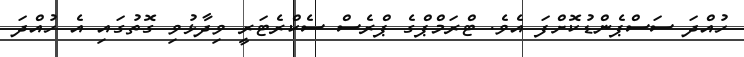
ހުއްދަ ސަސްޕެންޑުކޮށްފަ އެވެ. ޓްރަމްޕްގެ ޕްރެސް ސެކްރެޓަރީ ވިދާޅުވި ގޮތުގައި އެ ހުއްދަ